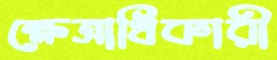
ক্ষেত্রাধিকারী